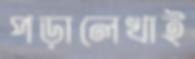
পড়ালেখাই